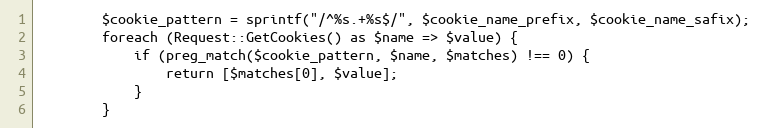
Language: PHP
		$cookie_pattern	= sprintf("/^%s.+%s$/", $cookie_name_prefix, $cookie_name_safix);
		foreach (Request::GetCookies() as $name => $value) {
			if (preg_match($cookie_pattern, $name, $matches) !== 0) {
				return [$matches[0], $value];
			}
		}